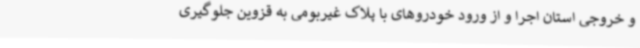
و خروجی استان اجرا و از ورود خودروهای با پلاک غیربومی به قزوین جلوگیری